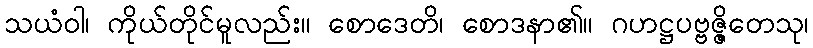
သယံဝါ၊ ကိုယ်တိုင်မူလည်း။ စောဒေတိ၊ စောဒနာ၏။ ဂဟဋ္ဌပဗ္ဗဇ္ဇိတေသု၊